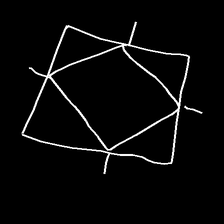
Glyph: light